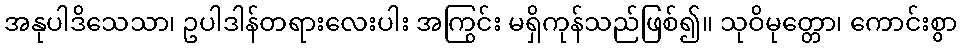
အနုပါဒိသေသာ၊ ဥပါဒါန်တရားလေးပါး အကြွင်း မရှိကုန်သည်ဖြစ်၍။ သုဝိမုတ္တော၊ ကောင်းစွာ